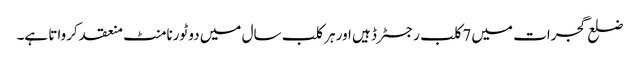
ضلع گجرات میں 7کلب رجسٹرڈ ہیں اور ہر کلب سال میں دو ٹورنامنٹ منعقد کرواتا ہے۔